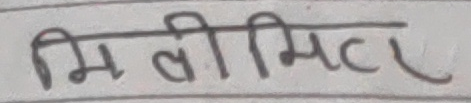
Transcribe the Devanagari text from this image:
मिलीमिटर